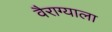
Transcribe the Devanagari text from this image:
वैराग्याला